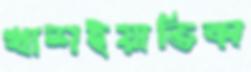
খাশইয়াতিকা